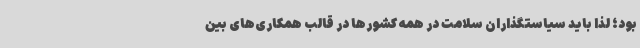
بود؛ لذا باید سیاستگذاران سلامت در همه کشورها در قالب همکاری‌های بین